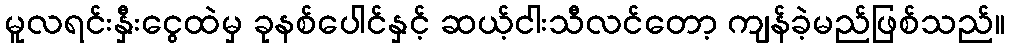
မူလရင်းနှီးငွေထဲမှ ခုနစ်ပေါင်နှင့် ဆယ့်ငါးသီလင်တော့ ကျန်ခဲ့မည်ဖြစ်သည်။